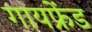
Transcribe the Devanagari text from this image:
गायफ्रेंड